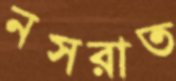
নসরাত